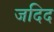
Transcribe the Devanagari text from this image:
जदिद